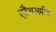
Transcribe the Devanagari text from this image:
एकैंथअमीबा